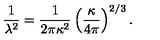
\frac { 1 } { \lambda ^ { 2 } } = \frac { 1 } { 2 \pi \kappa ^ { 2 } } \left( \frac { \kappa } { 4 \pi } \right) ^ { 2 / 3 } .